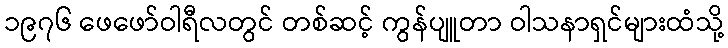
၁၉၇၆ ဖေဖော်ဝါရီလတွင် တစ်ဆင့် ကွန်ပျူတာ ဝါသနာရှင်များထံသို့